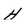
Character: h